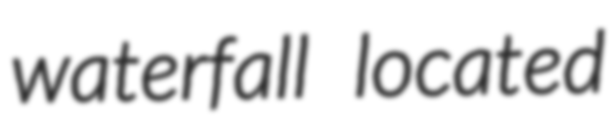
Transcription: waterfall located